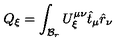
Q _ { \xi } = \int _ { { \cal { B } } _ { r } } U _ { \xi } ^ { \mu \nu } \hat { t } _ { \mu } \hat { r } _ { \nu }